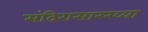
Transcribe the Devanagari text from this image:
मंदिरासारख्या